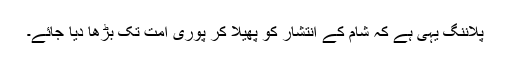
پلاننگ یہی ہے کہ شام کے انتشار کو پھیلا کر پوری امت تک بڑھا دیا جائے۔